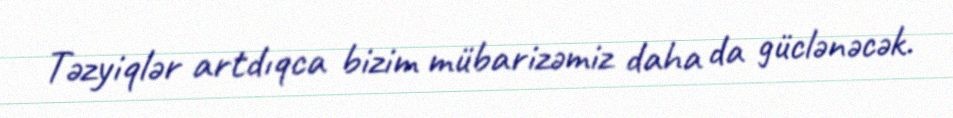
Təzyiqlər artdıqca bizim mübarizəmiz daha da güclənəcək.